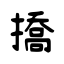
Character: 撟